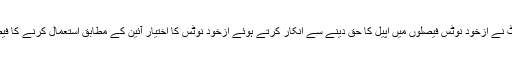
سپریم کورٹ نے ازخود نوٹس فیصلوں میں اپیل کا حق دینے سے انکار کرتے ہوئے ازخود نوٹس کا اختیار آئین کے مطابق استعمال کرنے کا فیصلہ کیا ہے۔